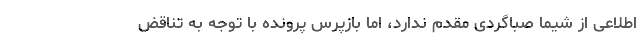
اطلاعی از شیما صباگردی مقدم ندارد، اما بازپرس پرونده با توجه به تناقض